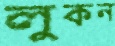
লুকন